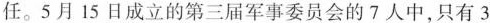
任。5月15日成立的第三届军事委员会的7人中，只有3